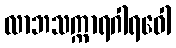
လာဘသက္ကာရဂါရဝေါ